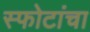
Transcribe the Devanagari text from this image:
स्फोटांचा